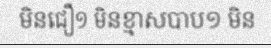
មិនជឿ១ មិនខ្មាសបាប១ មិន